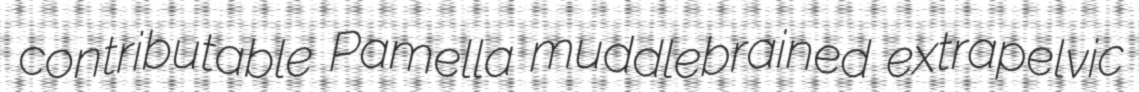
contributable Pamella muddlebrained extrapelvic